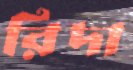
রিদা